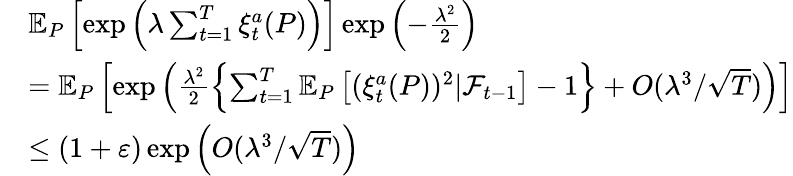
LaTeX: \begin{array}{rl}&{\mathbb{E}_{P}\left[\exp\left(\lambda\sum_{t=1}^{T}\xi_{t}^{a}(P)\right)\right]\exp\left(-\frac{\lambda^{2}}{2}\right)}\\ &{=\mathbb{E}_{P}\left[\exp\left(\frac{\lambda^{2}}{2}\left\{ \sum_{t=1}^{T}\mathbb{E}_{P}\left[(\xi_{t}^{a}(P))^{2}|\mathcal{F}_{t-1}\right]-1\right\} +O(\lambda^{3}/\sqrt{T})\right)\right]}\\ &{\leq(1+\varepsilon)\exp\left(O(\lambda^{3}/\sqrt{T})\right)}\end{array}